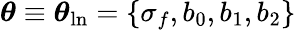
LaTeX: \boldsymbol\theta\equiv\boldsymbol\theta_{\mathrm{ln}}=\{ \sigma_{f},b_{0},b_{1},b_{2}\}